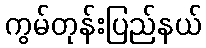
ကွမ်တုန်းပြည်နယ်